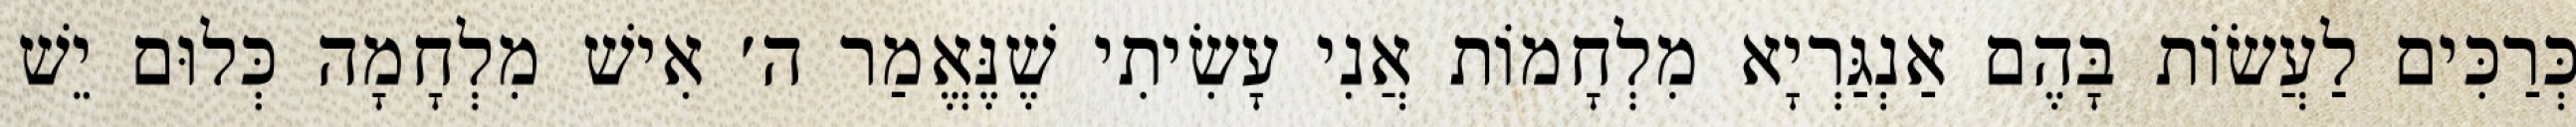
כְּרַכִּים לַעֲשׂוֹת בָּהֶם אַנְגַּרְיָא מִלְחָמוֹת אֲנִי עָשִׂיתִי שֶׁנֶּאֱמַר ה׳ אִישׁ מִלְחָמָה כְּלוּם יֵשׁ